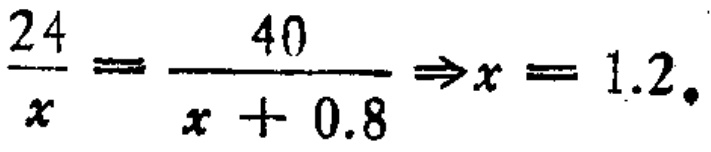
$\frac{24}{x}=\frac{40}{x + 0.8}\Rightarrow x = 1.2。$